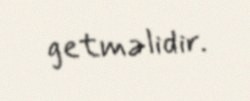
getməlidir.